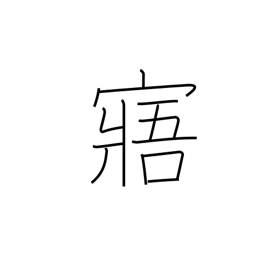
Meaning: understand